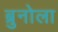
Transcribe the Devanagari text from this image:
ब्रुनोला